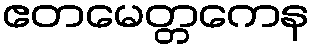
ဧတမေတ္တကေန